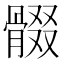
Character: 𩩟